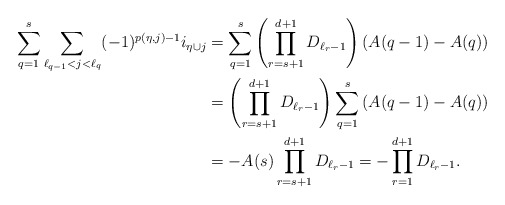
\begin{align*}\sum_{q=1}^{s}\sum_{ \ell_{q-1}<j < \ell_q}(-1)^{p(\eta,j)-1} i_{\eta \cup j}&= \sum_{q=1}^{s} \left(\prod_{r=s+1}^{d+1}{D_{\ell_{r}-1}}\right) \left(A(q-1)-A(q)\right)\\&=\left(\prod_{r=s+1}^{d+1}{D_{\ell_{r}-1}}\right) \sum_{q=1}^s \left(A(q-1)-A(q)\right)\\&=-A(s)\prod_{r=s+1}^{d+1}{D_{\ell_{r}-1}} =-\prod_{r=1}^{d+1}{D_{\ell_{r}-1}}.\end{align*}